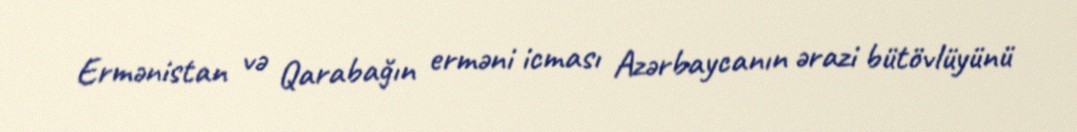
Ermənistan və Qarabağın erməni icması Azərbaycanın ərazi bütövlüyünü